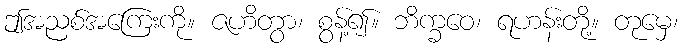
ဤအညစ်အကြေးကို။ ဇဟိတွာ၊ စွန့်၍။ ဘိက္ခဝေ၊ ရဟန်းတို့။ တုမှေ၊